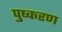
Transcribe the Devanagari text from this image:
पुष्करण